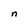
Character: n